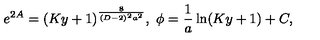
e ^ { 2 A } = ( K y + 1 ) ^ { \frac { 8 } { ( D - 2 ) ^ { 2 } a ^ { 2 } } } , \ \phi = { \frac { 1 } { a } } \ln ( K y + 1 ) + C ,